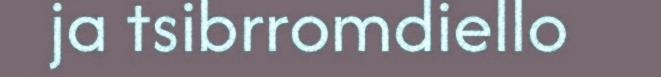
ja tsibrromdiello